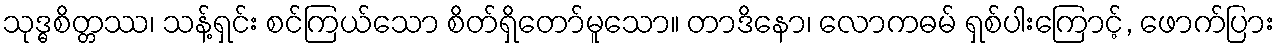
သုဒ္ဓစိတ္တဿ၊ သန့်ရှင်း စင်ကြယ်သော စိတ်ရှိတော်မူသော။ တာဒိနော၊ လောကဓမ် ရှစ်ပါးကြောင့်, ဖောက်ပြား